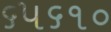
૬૫૬૧૦